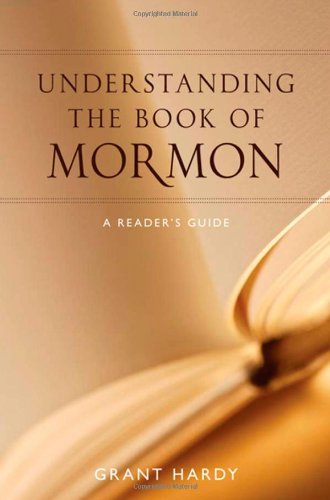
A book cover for Understanding the Book of Mormon: A Reader's Guide; Grant Hardy; Christian Books & Bibles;